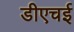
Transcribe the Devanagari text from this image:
डीएचई